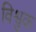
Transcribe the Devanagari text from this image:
विश्वुक